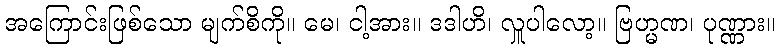
အကြောင်းဖြစ်သော မျက်စိကို။ မေ၊ ငါ့အား။ ဒဒါဟိ၊ လှူပါလော့။ ဗြဟ္မဏ၊ ပုဏ္ဏား။